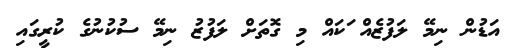
އަޑުން ނިމޭ ލަފުޒެއް ަކައް މި ގޮތަށް ލަފުޒު ނިމޭ ސުކުނުގެ ކުރީގައި